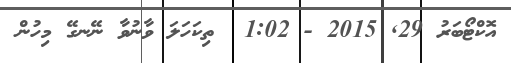
އޮކްޓޯބަރު 29